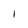
Character: I